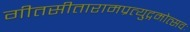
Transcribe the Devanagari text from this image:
गीतसीतारामप्रत्युद्गमोत्सवः